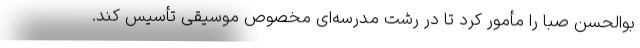
بوالحسن صبا را مأمور کرد تا در رشت مدرسه‌ای مخصوص موسیقی تأسیس کند.